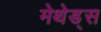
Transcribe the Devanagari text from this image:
मेथेड्स